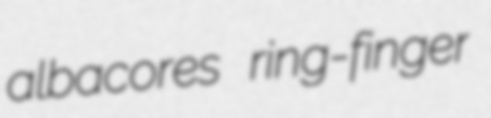
albacores ring-finger